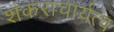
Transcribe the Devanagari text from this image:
शंकराचार्यत्व